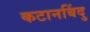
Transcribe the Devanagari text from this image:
कटानबिंदु